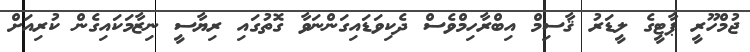
ޖުމްހޫރީ ޕާޓީގެ ލީޑަރު ޤާސިމް އިބްރާހިމްވެސް ދެކިވަޑައިގަންނަވާ ގޮތުގައި ރިޔާސީ ނިޒާމަކައިގެން ކުރިއަށް